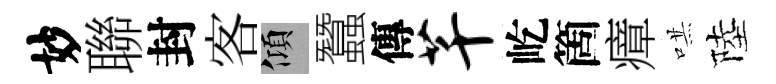
妙聯封客傾蠶傳芊屹箇瘴哄陸